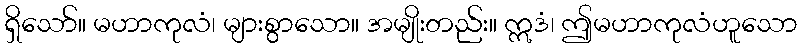
ရှိသော်။ မဟာကုလံ၊ များစွာသော။ အမျိုးတည်း။ ဣဒံ၊ ဤမဟာကုလံဟူသော